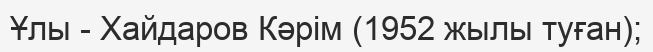
Ұлы - Хайдаров Кәрім (1952 жылы туған);